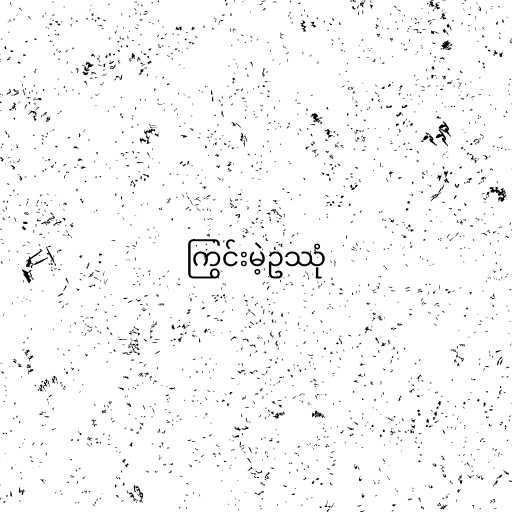
ကြွင်းမဲ့ဥဿုံ